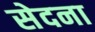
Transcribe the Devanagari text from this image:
सेदना